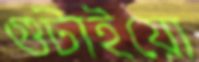
গুটাইয়ো